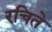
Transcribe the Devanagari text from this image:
रचिते